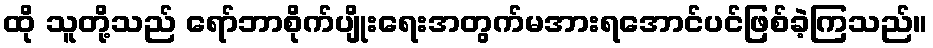
ထို သူတို့သည် ရော်ဘာစိုက်ပျိုးရေးအတွက်မအားရအောင်ပင်ဖြစ်ခဲ့ကြသည်။